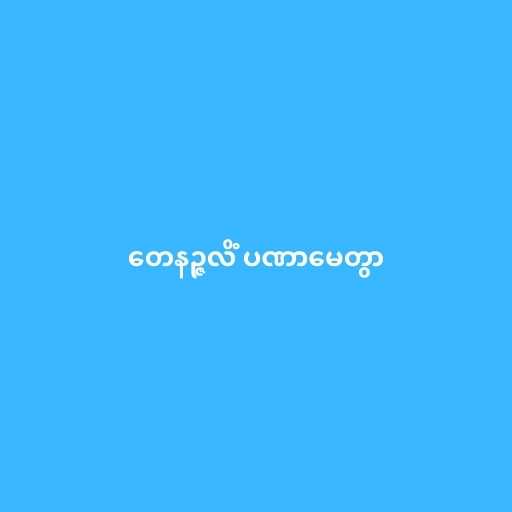
တေနဉ္ဇလိံ ပဏာမေတွာ